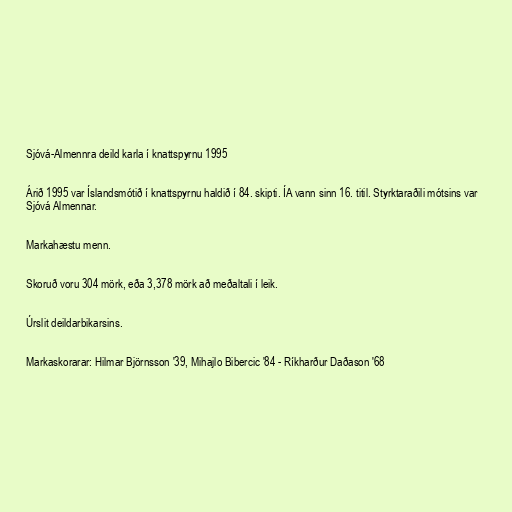
Sjóvá-Almennra deild karla í knattspyrnu 1995

Árið 1995 var Íslandsmótið í knattspyrnu haldið í 84. skipti. ÍA vann sinn 16. titil. Styrktaraðili mótsins var
Sjóvá Almennar.

Markahæstu menn.

Skoruð voru 304 mörk, eða 3,378 mörk að meðaltali í leik.

Úrslit deildarbikarsins.

Markaskorarar: Hilmar Björnsson '39, Mihajlo Bibercic '84 - Ríkharður Daðason '68